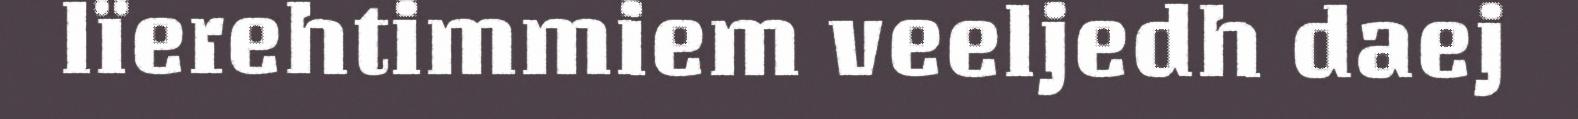
lïerehtimmiem veeljedh daej